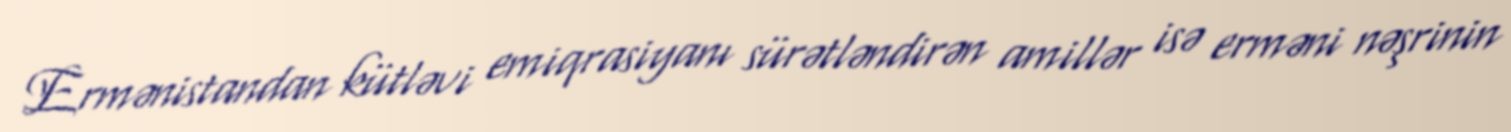
Ermənistandan kütləvi emiqrasiyanı sürətləndirən amillər isə erməni nəşrinin